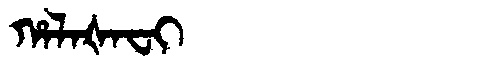
Manchu: ᡥᠠᠯᠠᡧᠠᠸᡳ
Romanization: HALAŠAFI